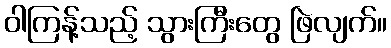
ဝါကြန့်သည့် သွားကြီးတွေ ဖြဲလျက်။